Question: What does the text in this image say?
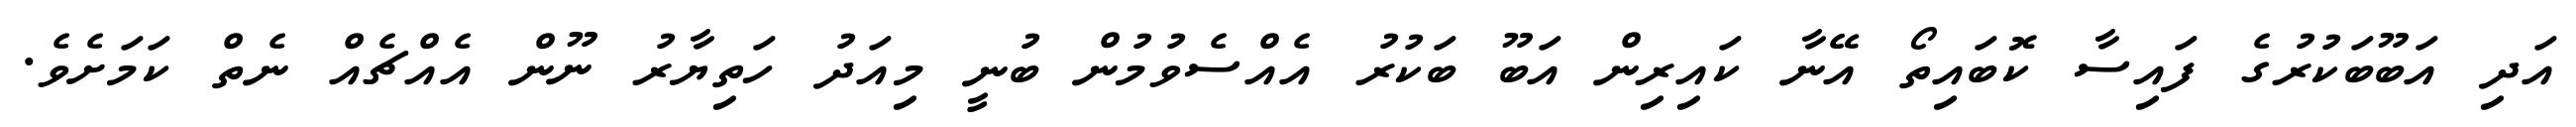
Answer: އަދި އަބޫބަކުރުގެ ފައިސާ ކޮބައިތޯ އޭނާ ކައިރިން އަބޫ ބަކުރު އެއްސެވުމުން ބުނީ މިއަދު ހަތިޔާރު ނޫން އެއްޗެއް ނެތް ކަމަށެވެ.